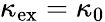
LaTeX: \kappa_{\mathrm{ex}}=\kappa_{\mathrm{0}}